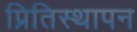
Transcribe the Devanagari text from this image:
प्रितिस्थापन